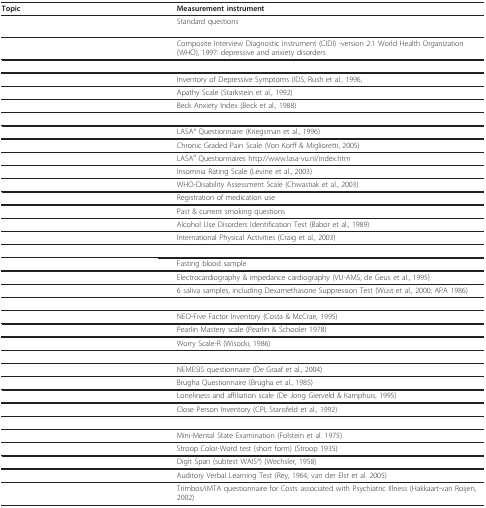
<table><thead><tr><td><b>Topic</b></td><td><b>Measurement instrument</b></td></tr></thead><tbody><tr><td>[EMPTY_CELL]</td><td>Standard questions</td></tr><tr><td>[EMPTY_CELL]</td><td>Composite Interview Diagnostic Instrument (CIDI) -version 2.1 World Health Organization (WHO), 1997: depressive and anxiety disorders</td></tr><tr><td colspan="2">[EMPTY_CELL]</td></tr><tr><td>[EMPTY_CELL]</td><td>Inventory of Depressive Symptoms (IDS; Rush et al., 1996,</td></tr><tr><td>[EMPTY_CELL]</td><td>Apathy Scale (Starkstein et al., 1992)</td></tr><tr><td>[EMPTY_CELL]</td><td>Beck Anxiety Index (Beck et al., 1988)</td></tr><tr><td colspan="2">[EMPTY_CELL]</td></tr><tr><td>[EMPTY_CELL]</td><td>LASA<sup>a </sup>Questionnaire (Kriegsman et al., 1996)</td></tr><tr><td>[EMPTY_CELL]</td><td>Chronic Graded Pain Scale (Von Korff &amp; Miglioretti, 2005)</td></tr><tr><td>[EMPTY_CELL]</td><td>LASA<sup>a </sup>Questionnaires http://www.lasa-vu.nl/index.htm</td></tr><tr><td>[EMPTY_CELL]</td><td>Insomnia Rating Scale (Levine et al., 2003)</td></tr><tr><td>[EMPTY_CELL]</td><td>WHO-Disability Assessment Scale (Chwastiak et al., 2003)</td></tr><tr><td>[EMPTY_CELL]</td><td>Registration of medication use</td></tr><tr><td>[EMPTY_CELL]</td><td>Past &amp; current smoking questions</td></tr><tr><td>[EMPTY_CELL]</td><td>Alcohol Use Disorders Identification Test (Babor et al., 1989)</td></tr><tr><td>[EMPTY_CELL]</td><td>International Physical Activities (Craig et al., 2003)</td></tr><tr><td colspan="2">[EMPTY_CELL]</td></tr><tr><td>[EMPTY_CELL]</td><td>Fasting blood sample</td></tr><tr><td>[EMPTY_CELL]</td><td>Electrocardiography &amp; impedance cardiography (VU-AMS; de Geus et al., 1995)</td></tr><tr><td>[EMPTY_CELL]</td><td>6 saliva samples, including Dexamethasone Suppression Test (Wüst et al., 2000; APA 1986)</td></tr><tr><td colspan="2">[EMPTY_CELL]</td></tr><tr><td>[EMPTY_CELL]</td><td>NEO-Five Factor Inventory (Costa &amp; McCrae, 1995)</td></tr><tr><td>[EMPTY_CELL]</td><td>Pearlin Mastery scale (Pearlin &amp; Schooler 1978)</td></tr><tr><td>[EMPTY_CELL]</td><td>Worry Scale-R (Wisocki, 1986)</td></tr><tr><td colspan="2">[EMPTY_CELL]</td></tr><tr><td>[EMPTY_CELL]</td><td>NEMESIS questionnaire (De Graaf et al., 2004)</td></tr><tr><td>[EMPTY_CELL]</td><td>Brugha Questionnaire (Brugha et al., 1985)</td></tr><tr><td>[EMPTY_CELL]</td><td>Loneliness and affiliation scale (De Jong Gierveld &amp; Kamphuis, 1995)</td></tr><tr><td>[EMPTY_CELL]</td><td>Close Person Inventory (CPI; Stansfeld et al., 1992)</td></tr><tr><td colspan="2">[EMPTY_CELL]</td></tr><tr><td>[EMPTY_CELL]</td><td>Mini-Mental State Examination (Folstein et al. 1975)</td></tr><tr><td>[EMPTY_CELL]</td><td>Stroop Color-Word test (short form) (Stroop 1935)</td></tr><tr><td>[EMPTY_CELL]</td><td>Digit Span (subtest WAIS<sup>a</sup>) (Wechsler, 1958)</td></tr><tr><td>[EMPTY_CELL]</td><td>Auditory Verbal Learning Test (Rey, 1964; van der Elst et al. 2005)</td></tr><tr><td>[EMPTY_CELL]</td><td>Trimbos/iMTA questionnaire for Costs associated with Psychiatric Illness (Hakkaart-van Roijen, 2002)</td></tr></tbody></table>